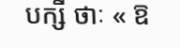
បក្សី ថាៈ « ឱ